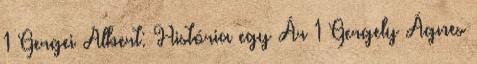
1 Gergei Albert: História egy Ár 1 Gergely Ágnes